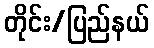
တိုင်း/ပြည်နယ်